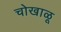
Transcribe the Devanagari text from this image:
चोखाळू